Annual report of the Punjab Veterinary College and of the Civil Veterinary Department, Punjab - 1909-1919
Year: 1909
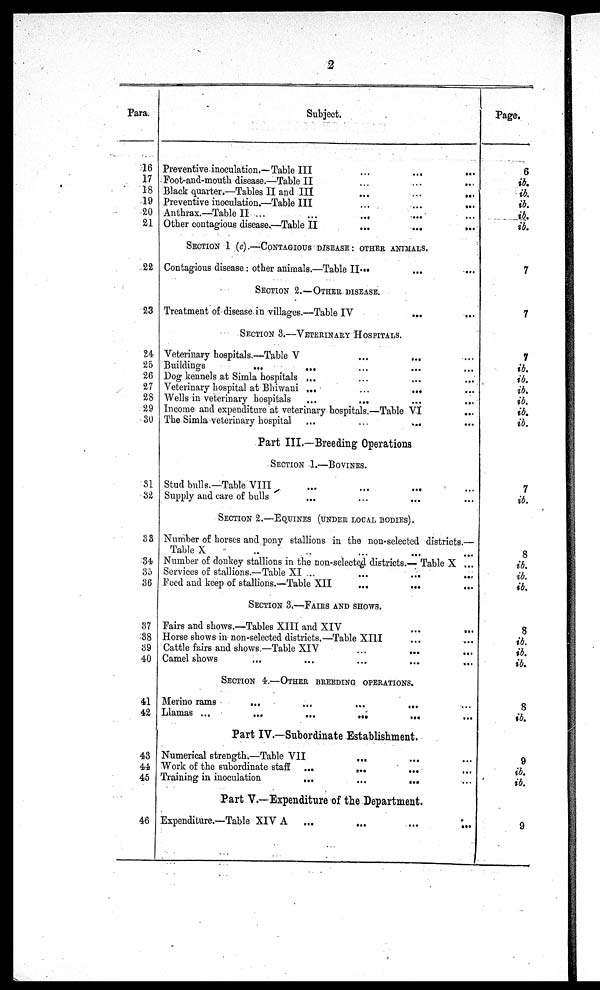
2
Para.
16
17
18
19
20
21
22
23
24
25
26
27
28
29
30
31
32
33
34
35
36
37
38
39
40
41
42
43
44
45
46
Subject.
Preventive inoculation.—Table III
...
...
...
Foot-and-mouth disease.—Table II ...
Black quarter.—Tables II and III
...
...
...
Preventive inoculation.—Table III
...
...
...
Anthrax.—Table II ...
...
...
Other contagious disease.—Table II
...
...
...
SECTION 1 (c).—CONTAGIOUS DISEASE : OTHER ANIMALS.
Contagious disease : other animals.—Table II ... … …
SECTION 2.—OTHER DISEASE.
Treatment of disease in villages.—Table IV ... …
SECTION 3.—VETERINARY HOSPITALS.
Veterinary hospitals.—Table V
...
...
...
Buildings
...
... … …
Dog kennels at Simla hospitals ... … … ...
Veterinary hospital at Bhiwani ...
...
...
...
Wells in veterinary hospitals
... … … ...
Income and expenditure at veterinary hospitals.—Table VI
...
The Simla veterinary hospital
... … … ...
Part III.—Breeding Operations
SECTION 1.—BOVINES.
Stud bulls.—Table VIII … … … …
Supply and care of bulls … … … …
SECTION 2.—EQUINES (UNDER LOCAL BODIES).
Number of horses and pony stallions in the non-selected districts.—
Table X .. … … ...
Number of donkey stallions in the non-selected districts.— Table X ...
Services of stallions.—Table XI ...
...
...
...
Feed and keep of stallions.—Table XII
...
...
...
SECTION 3.—FAIRS AND SHOWS.
Fairs and shows.—Tables XIII and XIV … …
Horse shows in non-selected districts.—Table XIII … …
Cattle fairs and shows.—Table XIV
...
...
Camel shows … … … … ...
SECTION 4.—OTHER BREEDING OPERATIONS.
Merino rams
...
…
…
…
…
Llamas ...
...
...
…
…
Part IV.—Subordinate Establishment.
Numerical strength.—Table VII
... … …
Work of the subordinate staff
…
…
…
…
Training in inoculation
... … … …
Part V.—Expenditure of the Department.
Expenditure.—Table XIV A
...
...
…
…
Page.
6
ib.
ib.
ib.
ib.
ib.
7
7
7
ib.
ib.
ib.
ib.
ib.
ib.
7
ib.
8
ib.
ib.
ib.
8
ib.
ib.
ib.
8
ib.
9
ib.
ib.
9